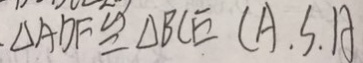
\Delta A D F \cong \Delta B C E ( A , S , A